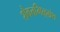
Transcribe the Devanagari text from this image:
शैवत्तमिऴ्‌ग्रंथ